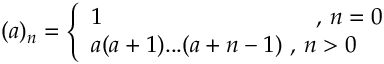
( a ) _ { n } = \left\{ \begin{array} { l l } { 1 \quad \quad \quad \quad \quad \quad \quad \quad \quad \, , \, n = 0 } \\ { a ( a + 1 ) . . . ( a + n - 1 ) \, \, , \, n > 0 } \end{array} \right.